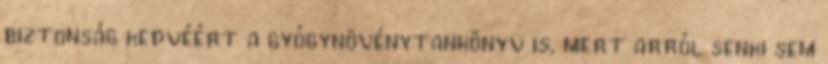
biztonság kedvéért a gyógynövénytankönyv is, mert arról senki sem